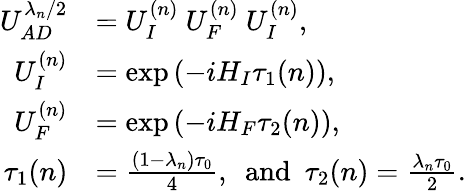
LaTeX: \begin{array}{rl}{U_{AD}^{\lambda_{n}/2}}&{=U_{I}^{{(n)}}~U_{F}^{{(n)}}~U_{I}^{{(n)}},}\\ {U_{I}^{{(n)}}}&{=\exp\left(-iH_{I}\tau_{1}{(n)}\right),}\\ {U_{F}^{{(n)}}}&{=\exp\left(-iH_{F}\tau_{2}{(n)}\right),}\\ {\tau_{1}{(n)}}&{=\frac{(1-\lambda_{n})\tau_{0}}{4},~~\mathrm{and}~~\tau_{2}{(n)}=\frac{\lambda_{n}\tau_{0}}{2}.}\end{array}